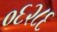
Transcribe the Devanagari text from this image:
०६२८६